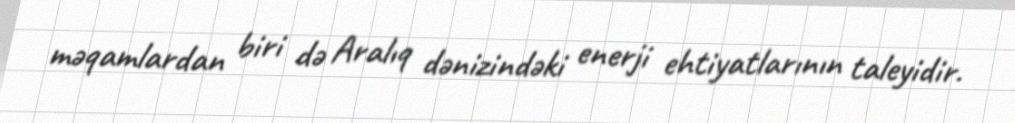
məqamlardan biri də Aralıq dənizindəki enerji ehtiyatlarının taleyidir.